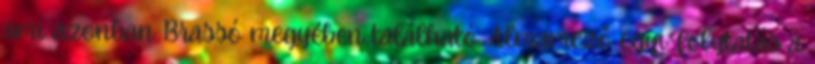
ami azonban Brassó megyében található. Almamező egyi. folytatás a